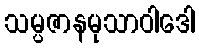
သမ္ပဇာနမုသာဝါဒေါ